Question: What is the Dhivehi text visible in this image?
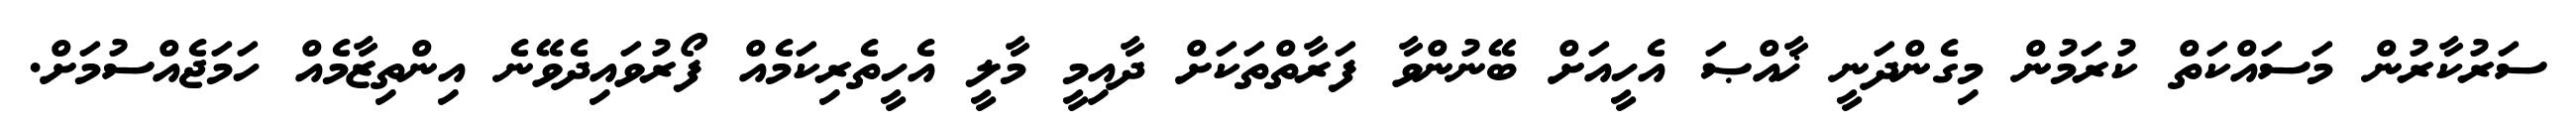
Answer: ސަރުކާރުން މަސައްކަތް ކުރަމުން މިގެންދަނީ ޚާއްޞަ އެހީއަށް ބޭނުންވާ ފަރާތްތަކަށް ދާއިމީ މާލީ އެހީތެރިކަމެއް ފޯރުވައިދެވޭނެ އިންތިޒާމެއް ހަމަޖެއްސުމަށް.